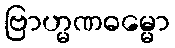
ဗြာဟ္မဏဓမ္မော